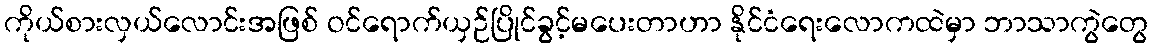
ကိုယ်စားလှယ်လောင်းအဖြစ် ဝင်ရောက်ယှဉ်ပြိုင်ခွင့်မပေးတာဟာ နိုင်ငံရေးလောကထဲမှာ ဘာသာကွဲတွေ